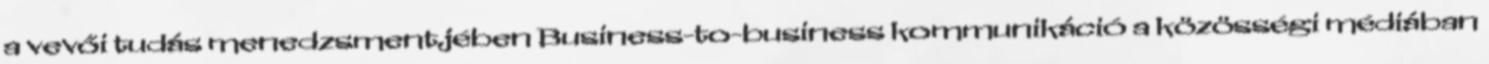
a vevői tudás menedzsmentjében Business-to-business kommunikáció a közösségi médiában